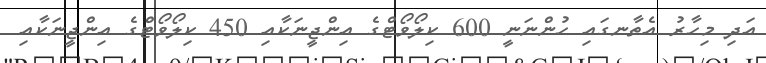
އަދި މިހާރު އެތާނގައި ހުންނަނީ 600 ކިލޯވޯޓްގެ އިންޖީނަކާއި 450 ކިލޯވޯޓްގެ އިންޖީނަކާއި